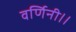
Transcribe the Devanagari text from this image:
वर्णिनी।।